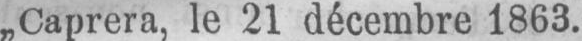
„Caprera, le 21 décembre 1863.